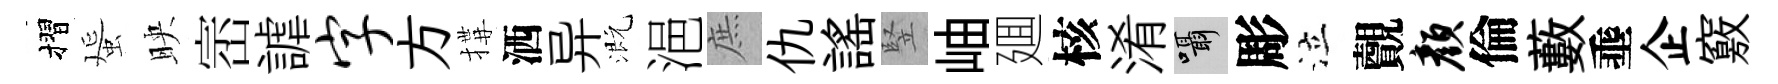
摺蜑映崈謔字方搆洒异溉浥庶仇謡竪岫廽核淆囁彫泣覿颜倫藪埀企竅